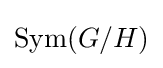
\operatorname {Sym} (G/H)